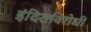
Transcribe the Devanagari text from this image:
इंदिराविरोधी